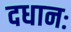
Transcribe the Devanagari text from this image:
दधानः